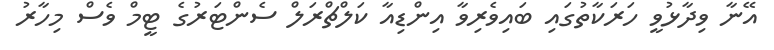
އޭނާ ވިދާޅުވީ ހަރަކާތުގައި ބައިވެރިވާ އިންޑިއާ ކަލްޗްރަލް ސެންޓަރުގެ ޓީމް ވެސް މިހާރު